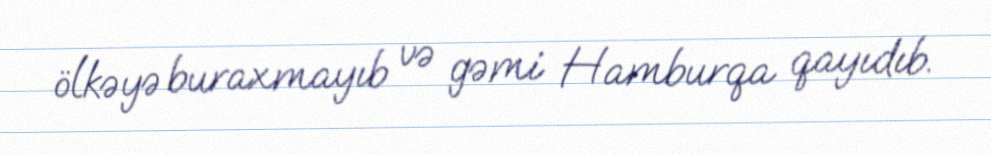
ölkəyə buraxmayıb və gəmi Hamburqa qayıdıb.